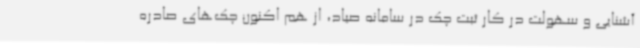
آشنایی و سهولت در کار ثبت چک در سامانه صیاد، از هم اکنون چک‌های صادره